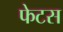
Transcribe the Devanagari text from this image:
फेटस